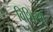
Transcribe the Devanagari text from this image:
विशिस्थ